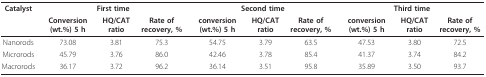
<table><thead><tr><td><b>Catalyst</b></td><td colspan="3"><b>First time</b></td><td colspan="3"><b>Second time</b></td><td colspan="3"><b>Third time</b></td></tr><tr><td></td><td><b>Conversion (wt.%) 5 h</b></td><td><b>HQ/CAT ratio</b></td><td><b>Rate of recovery, %</b></td><td><b>conversion (wt.%) 5 h</b></td><td><b>HQ/CAT ratio</b></td><td><b>Rate of recovery, %</b></td><td><b>conversion (wt.%) 5 h</b></td><td><b>HQ/CAT ratio</b></td><td><b>Rate of recovery, %</b></td></tr></thead><tbody><tr><td>Nanorods</td><td>73.08</td><td>3.81</td><td>75.3</td><td>54.75</td><td>3.79</td><td>63.5</td><td>47.53</td><td>3.80</td><td>72.5</td></tr><tr><td>Microrods</td><td>45.79</td><td>3.76</td><td>86.0</td><td>42.46</td><td>3.78</td><td>85.4</td><td>41.37</td><td>3.74</td><td>84.2</td></tr><tr><td>Macrorods</td><td>36.17</td><td>3.72</td><td>96.2</td><td>36.14</td><td>3.51</td><td>95.8</td><td>35.89</td><td>3.50</td><td>93.7</td></tr></tbody></table>